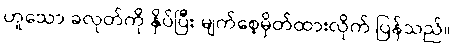
ဟူသော ခလုတ်ကို နှိပ်ပြီး မျက်စေ့မှိတ်ထားလိုက် ပြန်သည်။